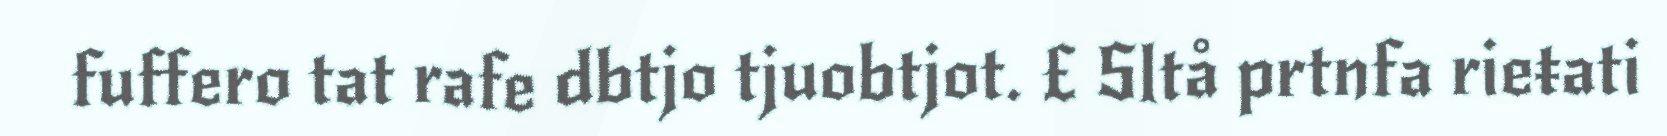
fuffero tat rafe dbtjo tjuobtjot. £ Sltå prtnfa rieŧati